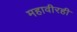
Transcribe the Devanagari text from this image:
महावीरही